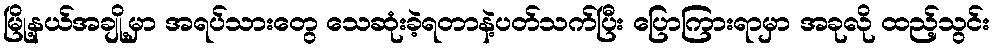
မြို့နယ်အချို့မှာ အရပ်သားတွေ သေဆုံးခဲ့ရတာနဲ့ပတ်သက်ပြီး ပြောကြားရာမှာ အခုလို ထည့်သွင်း